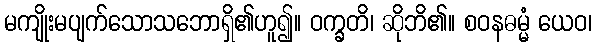
မကျိုးမပျက်သောသဘောရှိ၏ဟူ၍။ ဝက္ခတိ၊ ဆိုဘိ၏။ စဝနဓမ္မံ ယေဝ၊